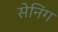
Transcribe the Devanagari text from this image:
सेनिंग